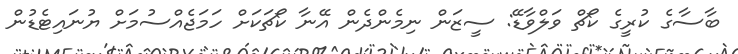
ބާސާގެ ކުރީގެ ކޯޗް ވަލްވާޑޭ: ސީޒަން ނިމެންދެން އޭނާ ކޯޗަކަށް ހަމަޖެއްސުމަށް ޔުނައިޓެޑުން